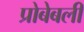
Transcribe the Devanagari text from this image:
प्रोबेबली